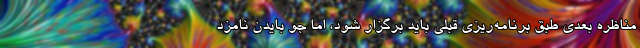
مناظره بعدی طبق برنامه‌ریزی قبلی باید برگزار شود، اما جو بایدن نامزد